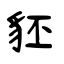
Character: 豾